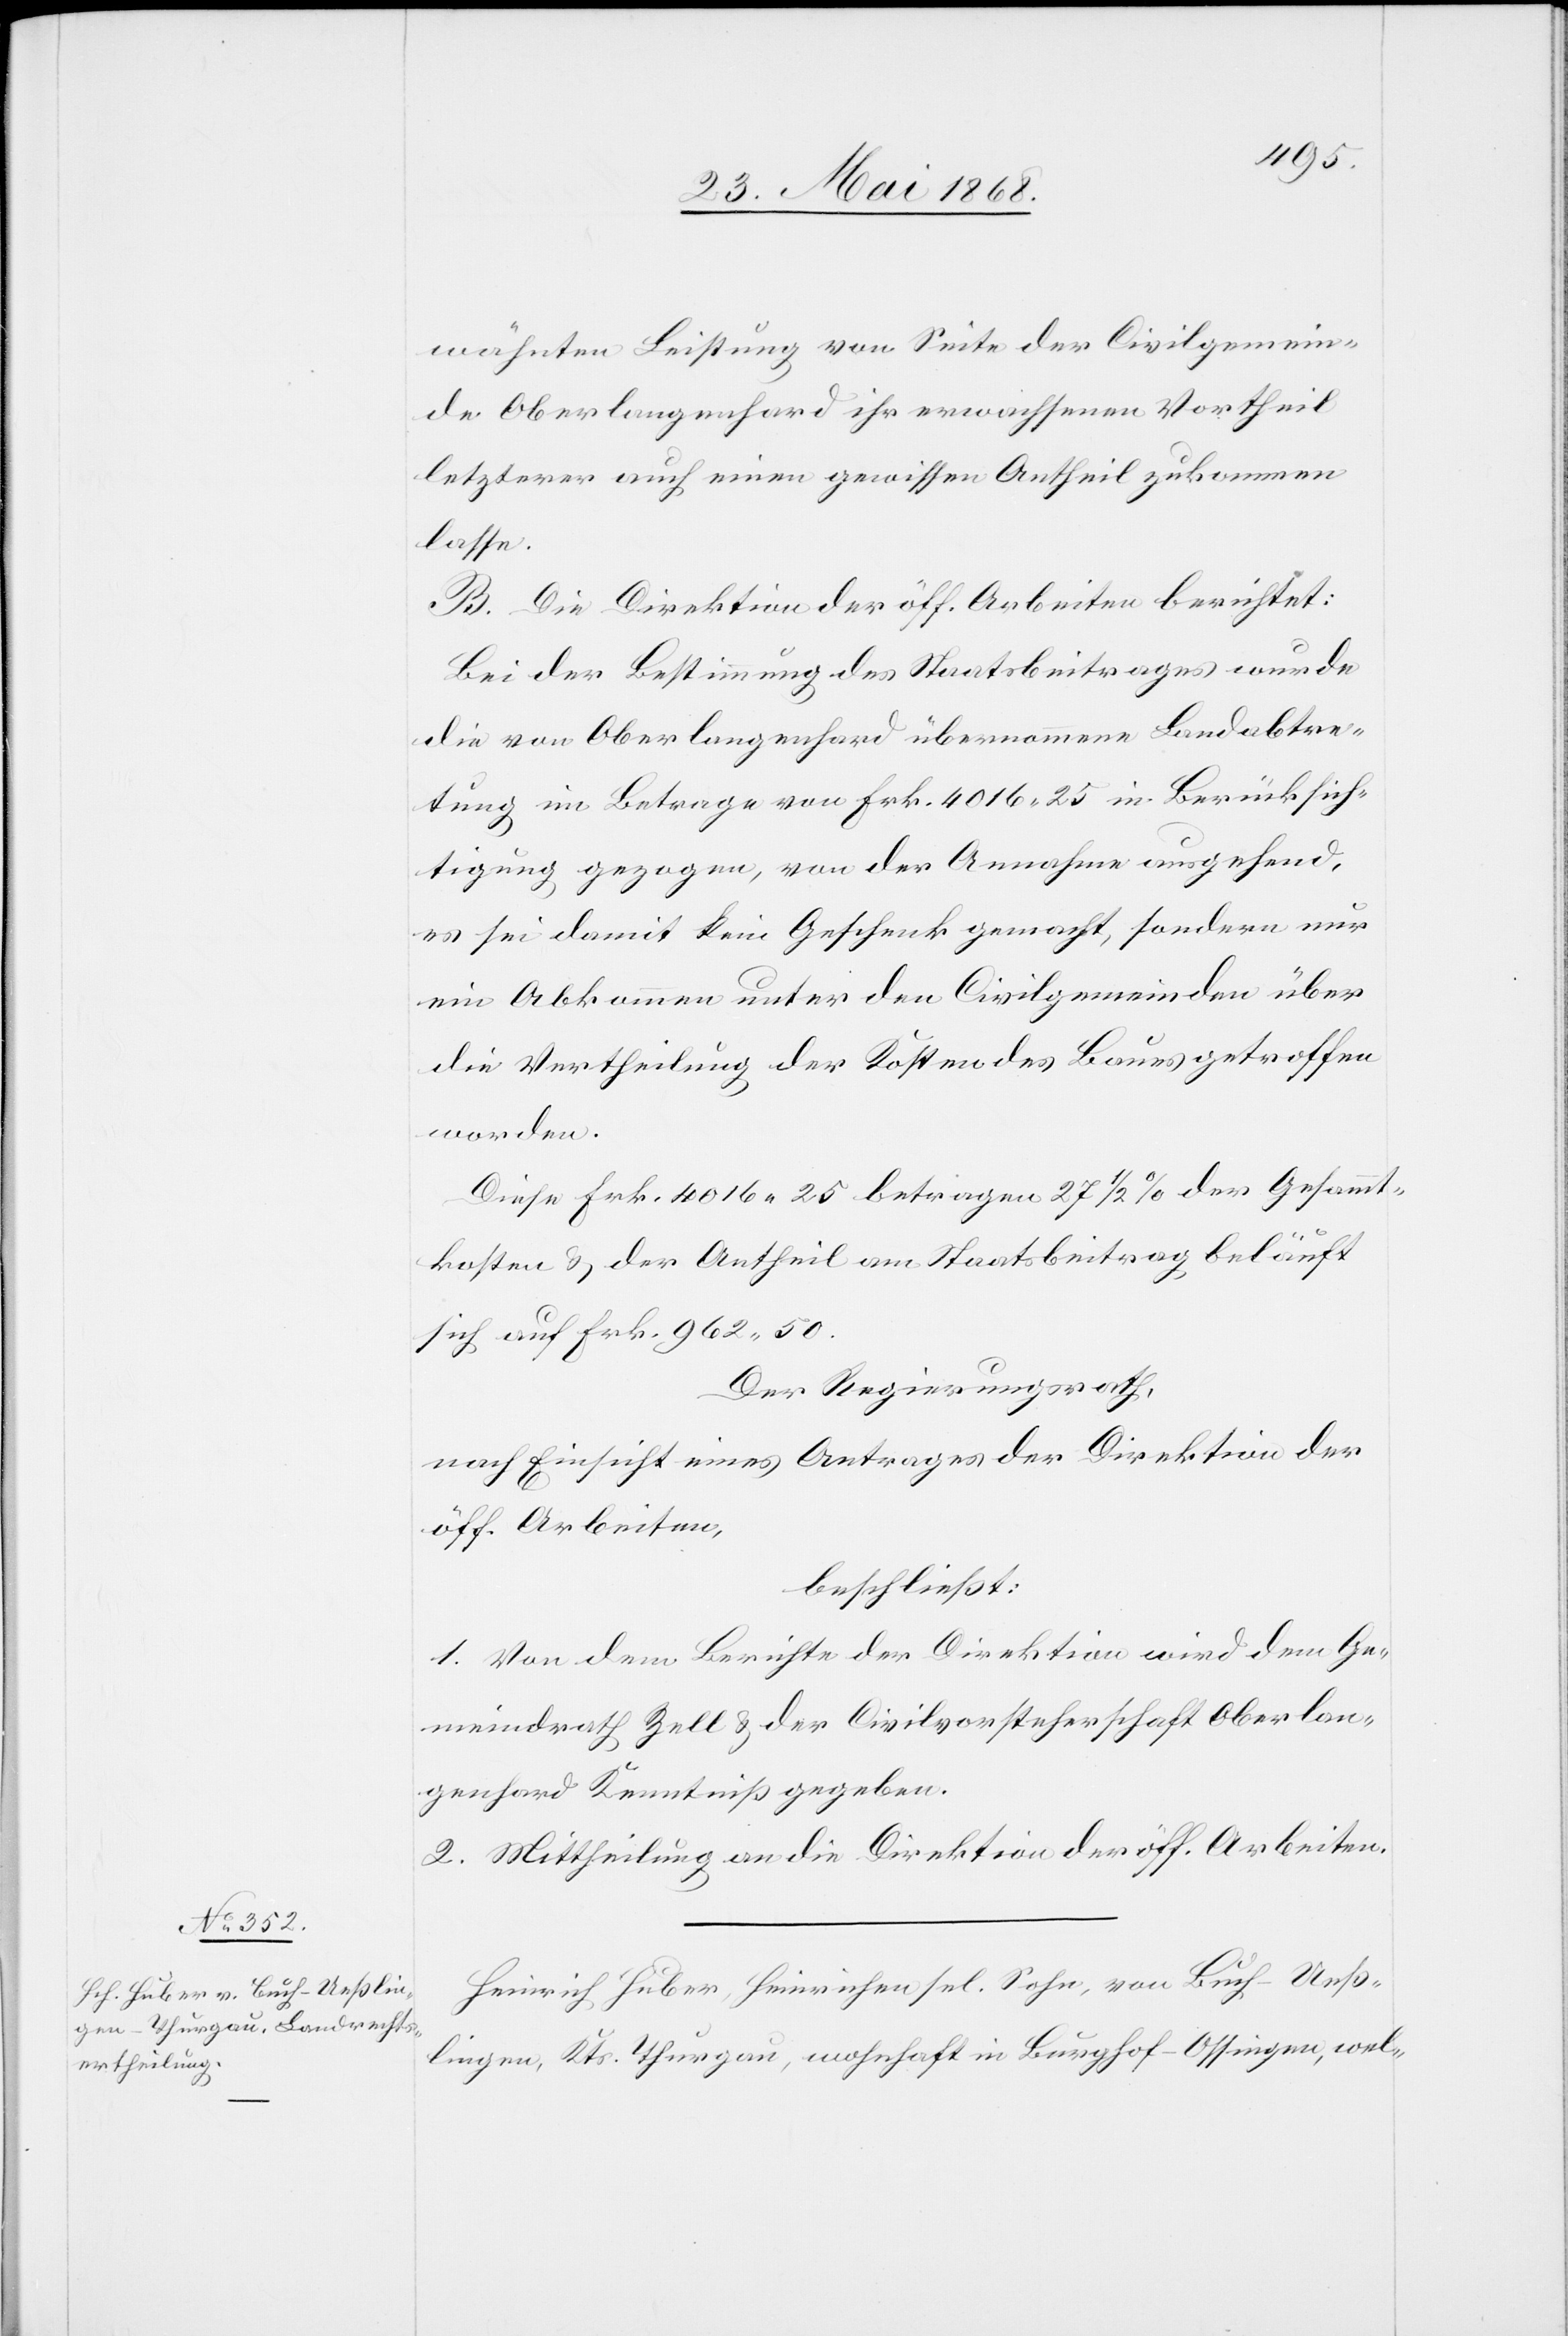
wähnten Leistung von Seite der Civilgemein¬
de Oberlangenhard ihr erwachsenen Vortheil
letzterer auch einen gewissen Antheil zukommen
lasse.
B. Die Direktion der öff. Arbeiten berichtet:
Bei der Bestimmung des Staatsbeitrages wurde
die von Oberlangenhard übernommene Landabtre¬
tung im Betrage von Frk. 4016. 25 in Berücksich¬
tigung gezogen, von der Annahme ausgehend,
es sei damit kein Geschenk gemacht, sondern nur
ein Abkommen unter den Civilgemeinden über
die Vertheilung der Kosten des Baues getroffen
worden.
Diese Frk. 4016. 25 betragen 27 1/2 % der Gesammt¬
kosten & der Antheil am Staatsbeitrag beläuft
sich auf Frk. 962. 50.
Der Regierungsrath,
nach Einsicht eines Antrages der Direktion der
öff. Arbeiten,
beschließt:
1. Von dem Berichte der Direktion wird dem Ge¬
meindrath Zell & der Civilvorsteherschaft Oberlan¬
genhard Kenntniß gegeben.
2. Mittheilung an die Direktion der öff. Arbeiten.
Heinrich Huber, Heinrichen sel. Sohn, von Buch-Ueß¬
lingen, Kts. Thurgau, wohnhaft in Burghof-Ossingen, wel-